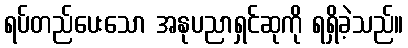
ရပ်တည်ပေးသော အနုပညာရှင်ဆုကို ရရှိခဲ့သည်။